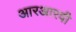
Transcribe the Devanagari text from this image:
आरआरवी